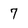
Character: 7